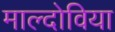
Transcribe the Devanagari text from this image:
माल्दोविया